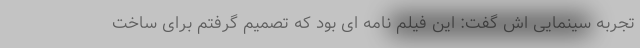
تجربه سینمایی اش گفت: این فیلم نامه ای بود که تصمیم گرفتم برای ساخت